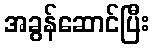
အခွန်ဆောင်ပြီး